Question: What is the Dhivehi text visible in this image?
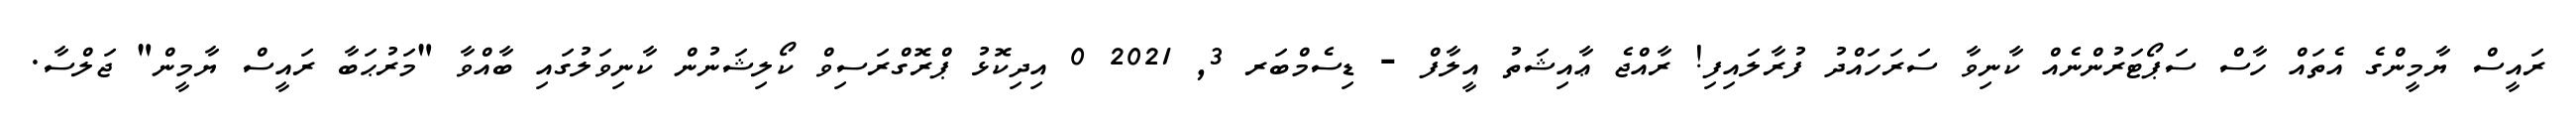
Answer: ރައީސް ޔާމީންގެ އެތައް ހާސް ސަޕޯޓަރުންނެއް ކާނިވާ ސަރަހައްދު ފުރާލައިފި! ރާއްޖެ ޢާއިޝަތު އީލާފް - ޑިސެމްބަރ 3, 2021 0 އިދިކޮޅު ޕްރޮގްރަސިވް ކޯލިޝަނުން ކާނިވަލުގައި ބާއްވާ "މަރުޙަބާ ރައީސް ޔާމީން" ޖަލްސާ.